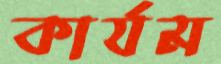
কার্যম